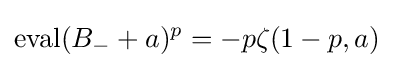
\operatorname {eval} (B_{-}+a)^{p}=-p\zeta (1-p,a)